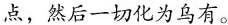
点，然后一切化为乌有。